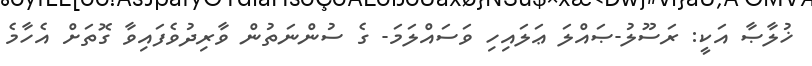
ޚުލާޞާ އަކީ: ރަސޫލު-ޞައްލަ ޢަލައިހި ވަސައްލަމަ- ގެ ސުންނަތުން ވާރިދުވެފައިވާ ގޮތަށް އެހާމެ